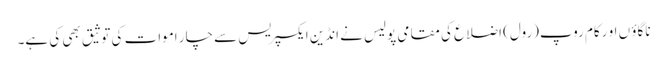
ناگاؤ ں او رکام روپ(رول) اضلاع کی مقامی پولیس نے انڈین ایکسپریس سے چار اموات کی توثیق بھی کی ہے۔